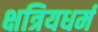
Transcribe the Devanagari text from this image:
क्षत्रियधर्म